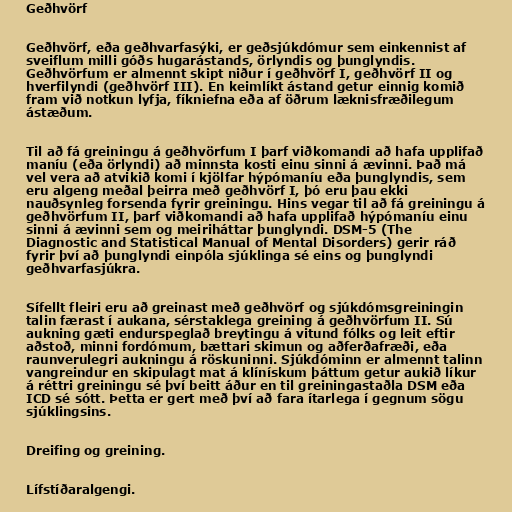
Geðhvörf

Geðhvörf, eða geðhvarfasýki, er geðsjúkdómur sem einkennist af
sveiflum milli góðs hugarástands, örlyndis og þunglyndis.
Geðhvörfum er almennt skipt niður í geðhvörf I, geðhvörf II og
hverfilyndi (geðhvörf III). En keimlíkt ástand getur einnig komið
fram við notkun lyfja, fíkniefna eða af öðrum læknisfræðilegum
ástæðum.

Til að fá greiningu á geðhvörfum I þarf viðkomandi að hafa upplifað
maníu (eða örlyndi) að minnsta kosti einu sinni á ævinni. Það má
vel vera að atvikið komi í kjölfar hýpómaníu eða þunglyndis, sem
eru algeng meðal þeirra með geðhvörf I, þó eru þau ekki
nauðsynleg forsenda fyrir greiningu. Hins vegar til að fá greiningu á
geðhvörfum II, þarf viðkomandi að hafa upplifað hýpómaníu einu
sinni á ævinni sem og meiriháttar þunglyndi. DSM-5 (The
Diagnostic and Statistical Manual of Mental Disorders) gerir ráð
fyrir því að þunglyndi einpóla sjúklinga sé eins og þunglyndi
geðhvarfasjúkra.

Sífellt fleiri eru að greinast með geðhvörf og sjúkdómsgreiningin
talin færast í aukana, sérstaklega greining á geðhvörfum II. Sú
aukning gæti endurspeglað breytingu á vitund fólks og leit eftir
aðstoð, minni fordómum, bættari skimun og aðferðafræði, eða
raunverulegri aukningu á röskuninni. Sjúkdóminn er almennt talinn
vangreindur en skipulagt mat á klínískum þáttum getur aukið líkur
á réttri greiningu sé því beitt áður en til greiningastaðla DSM eða
ICD sé sótt. Þetta er gert með því að fara ítarlega í gegnum sögu
sjúklingsins.

Dreifing og greining.

Lífstíðaralgengi.